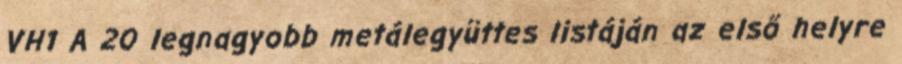
VH1 A 20 legnagyobb metálegyüttes listáján az első helyre